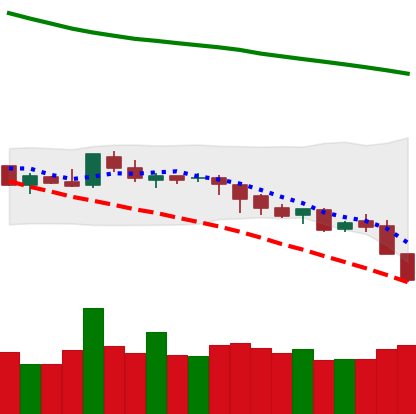
Ticker: LTC-USD
Chart end date: 2018-08-08
Forward return: -9.029%
Label: down_7plus